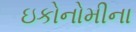
ઇકોનોમીના